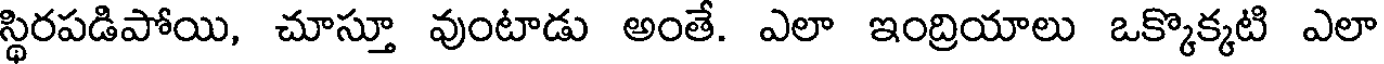
స్థిరపడిపోయి, చూస్తూ వుంటాడు అంతే. ఎలా ఇంద్రియాలు ఒక్కొక్కటి ఎలా